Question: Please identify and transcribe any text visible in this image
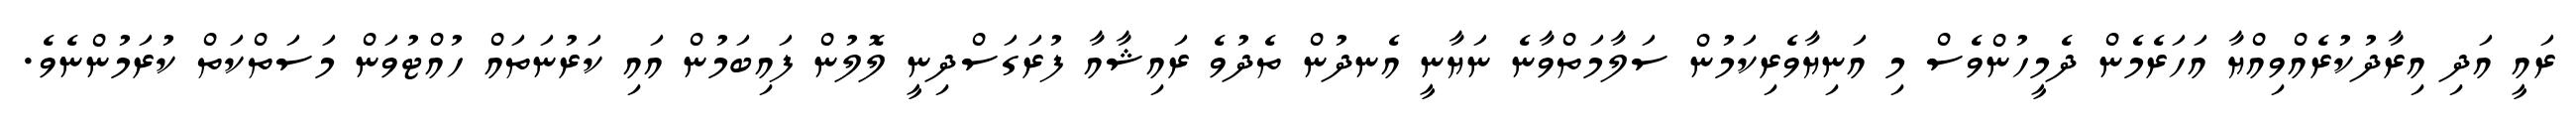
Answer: ރައީ އަދި އިރާދުކުރެއްވިއްޔާ އަހަރެމެން ދެމީހުންވެސް މި އަނިޔާވެރިކަމުން ސަލާމަތްވާނެ ނަޔާނީ އެނދުން ތެދުވެ ރައިޝާއާ ފުރަގަސްދިނީ ލޮލުން ފައިބަމުން އައި ކަރުނަތައް ހުއްޓުވަން މަސަތްކަތް ކުރަމުންނެވެ.